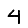
Digit: 4